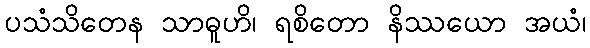
ပသံသိတေန သာဓူဟိ၊ ရစိတော နိဿယော အယံ၊